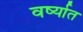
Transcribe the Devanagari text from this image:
वर्ष्यात